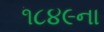
૧૮૪૯ના